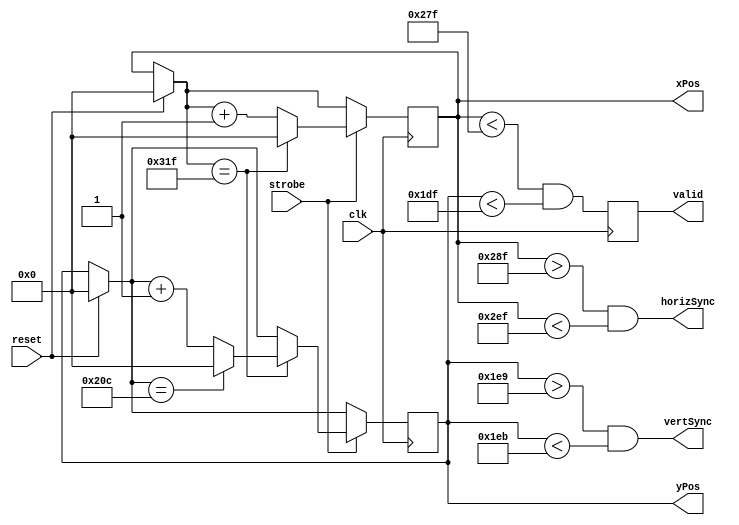
`timescale 1ns / 1ps
//////////////////////////////////////////////////////////////////////////////////
// Company: 
// Engineer: 
// 
// Design Name: 
// Module Name: display_signals
// Project Name: 
// Target Devices: 
// Tool Versions: 
// Description: 
// 
// Dependencies: 
// 
// Revision:
// Revision 0.01 - File Created
// Additional Comments:
// 
//////////////////////////////////////////////////////////////////////////////////
/*sources
https://projectf.io/posts/fpga-graphics/
https://embeddedthoughts.com/2016/07/29/driving-a-vga-monitor-using-an-fpga/
http://www.righto.com/2018/04/fizzbuzz-hard-way-generating-vga-video.html
https://github.com/shirriff/vga-fpga-fizzbuzz/blob/master/src/vga.v
https://github.com/shirriff/vga-fpga-fizzbuzz/blob/master/src/vga.v
https://ktln2.org/2018/01/23/implementing-vga-in-verilog/

*/

// The code I had for this formerly was adapted from a tutorial, so I could count on it working
// This is a frankenstein of eveything I've read. From what I can tell, it works, but I'm not 100% sure

module display_signals(
input clk,
input reset,
input strobe,
output reg[9:0]xPos=0,
output reg [9:0]yPos=0,
output horizSync,
output vertSync,
output reg valid

    );
    
    reg [9:0]HS;
    reg [9:0]VS;
    
    localparam horizActiveEnd = 639; // end of the active pixels
    localparam horizSyncStart = horizActiveEnd + 16; // active end w/"front porch" taken into account
    localparam horizSyncEnd = horizSyncStart + 96; // end of sync
    localparam horizEnd = 799; // includes blank pixels
    localparam vertActiveEnd = 479; // end of active pixels
    localparam vertSyncStart = vertActiveEnd + 10;
    localparam vertSyncEnd = vertSyncStart + 2;
    localparam vertEnd = 524;
    // if it's in the right window, we can display the image
    always @ (posedge clk) begin
        valid = (xPos < horizActiveEnd) && (yPos < vertActiveEnd);
    end
    // generate syncs
    
        assign horizSync = (xPos > horizSyncStart) && (xPos < horizSyncEnd);
        assign vertSync = (yPos > vertSyncStart) && (yPos < vertSyncEnd);
    
    
    always @ (posedge clk) begin
        if (reset) begin
            xPos = 0;
            yPos = 0;
        end // end reset
        
        if (strobe) begin
            if (xPos == horizEnd) begin
                xPos = 0;
                if (yPos == vertEnd) begin
                    yPos = 0;
                end // end vertEnd
                else begin
                    yPos = yPos + 1;
                end // end else
            end // end horizEnd
            else begin
                xPos = xPos + 1;
            end // end xPos else
        end // end reset else
    end// end always        
  /*         
    always @ (posedge clk) begin
        if (reset) begin
           yPos = 0;
        end // end reset
    end // end always
        
    
    always @(posedge clk) begin
        if(xPos == horizEnd) begin
            xPos = 0;
        end // end horizEnd
        else begin
            xPos = xPos + 1;
        end // end xPos
    end // end always
   
    
   always @ (posedge clk) begin
        
        if(xPos == horizEnd) begin
            if (yPos == vertEnd) begin
                yPos = 0;
            end
            else begin
                yPos = yPos + 1;
            end
        end // end if xPos
    end // end always
    */
    
    
endmodule